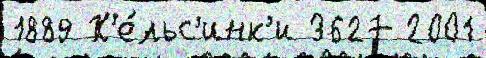
1889 Х'е́льс'инк'и 3627 2001